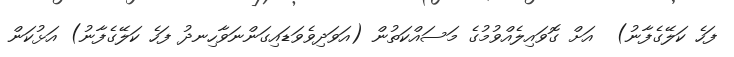
ފަހެ ކަލޭގެފާނު)  އަށް ގޮވައިލެއްވުމުގެ މަސައްކަތުން (އަވަދިވެވަޑައިގަންނަވާހިނދު ފަހެ ކަލޭގެފާނު) އަޅުކަން